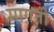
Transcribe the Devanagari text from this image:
मागती